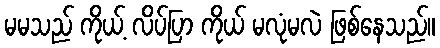
မမသည် ကိုယ့် လိပ်ပြာ ကိုယ် မလုံမလဲ ဖြစ်နေသည်။